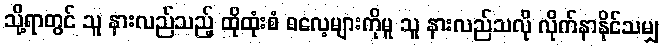
သို့ရာတွင် သူ နားလည်သည့် ထိုထုံးစံ ဓလေ့များကိုမူ သူ နားလည်သလို လိုက်နာနိုင်သမျှ